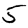
Digit: 5